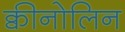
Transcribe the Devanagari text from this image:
क्वीनोलिन